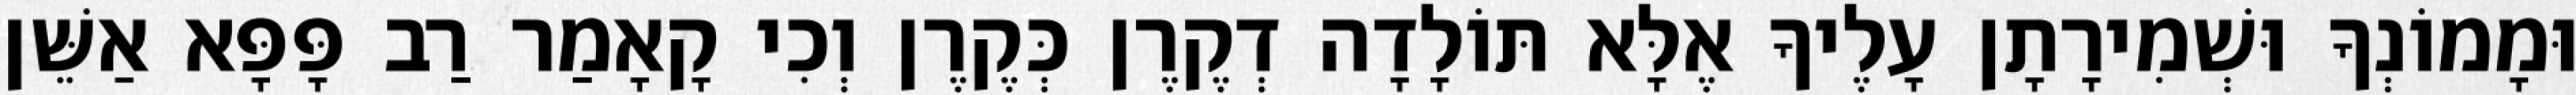
וּמָמוֹנְךָ וּשְׁמִירָתָן עָלֶיךָ אֶלָּא תּוֹלָדָה דְקֶרֶן כְּקֶרֶן וְכִי קָאָמַר רַב פָּפָּא אַשֵּׁן